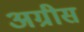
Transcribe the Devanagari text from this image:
अग्रीस